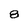
Character: 8